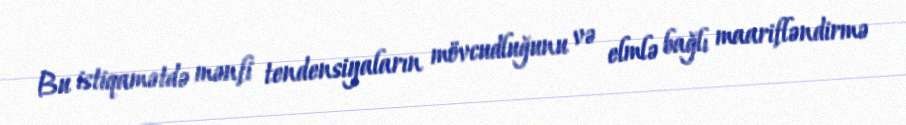
Bu istiqamətdə mənfi tendensiyaların mövcudluğunu və elmlə bağlı maarifləndirmə